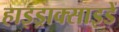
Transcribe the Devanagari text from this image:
हाइड्राक्साइडें